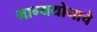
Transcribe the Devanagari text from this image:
भाग्ययोगाचे